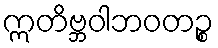
ဣတိဗ္ဘဝါဘဝတဉ္စ